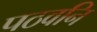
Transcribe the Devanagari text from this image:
पठवनि